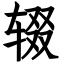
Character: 辍